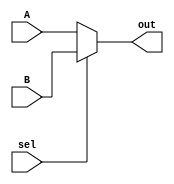
`timescale 1ns / 1ps
//////////////////////////////////////////////////////////////////////////////////
// Company: 
// Engineer: 
// 
// Design Name: 
// Module Name:    mux_8 
// Project Name: 
// Target Devices: 
// Tool versions: 
// Description: 
//
// Dependencies: 
//
// Revision: 
// Revision 0.01 - File Created
// Additional Comments: 
//
//////////////////////////////////////////////////////////////////////////////////
module mux_8(A, B, sel, out); // a 2 to 1 8-bit multiplexer
	input [7:0] A, B;
	input sel;
	output reg [7:0] out;
	
	always @ (A or B or sel)
	begin
	out = (sel) ?B : A;
	end
endmodule